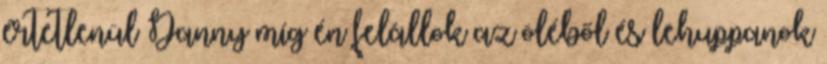
értetlenül Danny míg én felállok az öléből és lehuppanok